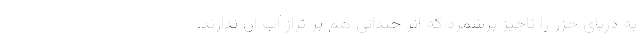
به دریای خزر را ناچیز برشمرد که اثر چندانی هم بر تراز آب آن ندارند.